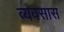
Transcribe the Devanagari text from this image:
व्यवसास